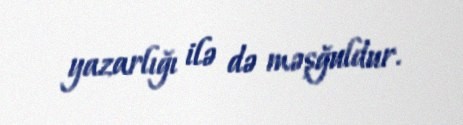
yazarlığı ilə də məşğuldur.